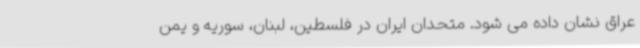
عراق نشان داده می شود. متحدان ایران در فلسطین، لبنان، سوریه و یمن